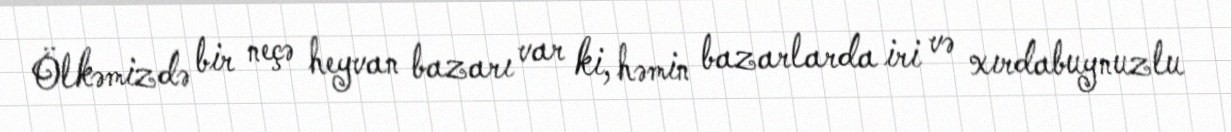
Ölkəmizdə bir neçə heyvan bazarı var ki, həmin bazarlarda iri və xırdabuynuzlu